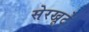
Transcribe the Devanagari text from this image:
सेरखूटे